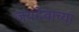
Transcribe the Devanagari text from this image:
जयदेवाच्या